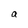
Character: a